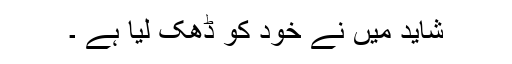
شاید میں نے خود کو ڈھک لیا ہے ۔